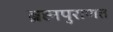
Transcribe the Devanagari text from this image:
ब्रह्मपुराणत